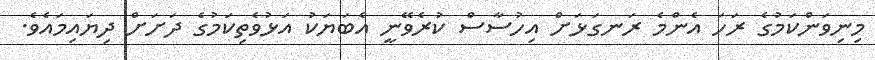
މިނިވަންކަމުގެ ރަހަ އެންމެ ރަނގަޅަށް އިހުސާސް ކުރެވޭނީ އެބަޔަކު އަޅުވެތިކަމުގެ ދަށަށް ދިޔައިމައެވެ.